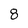
Character: 8